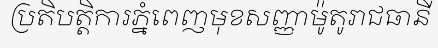
ប្រតិបត្តិការភ្នំពេញមុខសញ្ញាម៉ូតូរាជធានី